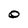
Character: 0